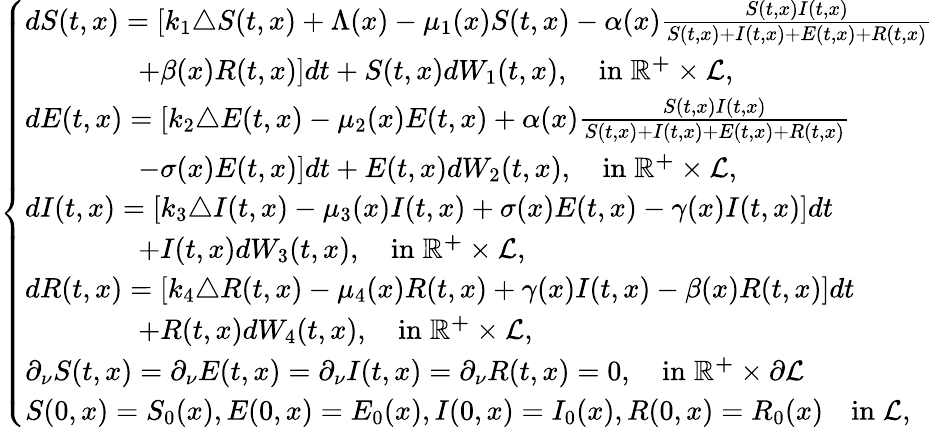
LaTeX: \left\{ \begin{array}{ll}{dS(t,x)=[k_{1}\triangle S(t,x)+\Lambda(x)-\mu_{1}(x)S(t,x)-\alpha(x)\frac{S(t,x)I(t,x)}{S(t,x)+I(t,x)+E(t,x)+R(t,x)}}\\ {\quad\quad\quad\quad+\beta(x)R(t,x)]dt+S(t,x)dW_{1}(t,x),\quad\mathrm{in\; \mathbb{R^{+}}\times\mathcal{L},}}\\ {dE(t,x)=[k_{2}\triangle E(t,x)-\mu_{2}(x)E(t,x)+\alpha(x)\frac{S(t,x)I(t,x)}{S(t,x)+I(t,x)+E(t,x)+R(t,x)}}\\ {\quad\quad\quad\quad-\sigma(x)E(t,x)]dt+E(t,x)dW_{2}(t,x),\quad\mathrm{in\; \mathbb{R^{+}}\times\mathcal{L},}}\\ {dI(t,x)=[k_{3}\triangle I(t,x)-\mu_{3}(x)I(t,x)+\sigma(x)E(t,x)-\gamma(x)I(t,x)]dt}\\ {\quad\quad\quad\quad+I(t,x)dW_{3}(t,x),\quad\mathrm{in\; \mathbb{R^{+}}\times\mathcal{L},}}\\ {dR(t,x)=[k_{4}\triangle R(t,x)-\mu_{4}(x)R(t,x)+\gamma(x)I(t,x)-\beta(x)R(t,x)]dt}\\ {\quad\quad\quad\quad+R(t,x)dW_{4}(t,x),\quad\mathrm{in\; \mathbb{R^{+}}\times\mathcal{L},}}\\ {\partial_{\nu}S(t,x)=\partial_{\nu}E(t,x)=\partial_{\nu}I(t,x)=\partial_{\nu}R(t,x)=0,\quad\mathrm{in\; \mathbb{R^{+}}\times\partial\mathcal{L}}}\\ {S(0,x)=S_{0}(x),E(0,x)=E_{0}(x),I(0,x)=I_{0}(x),R(0,x)=R_{0}(x)\quad\mathrm{in\; \mathcal{L},}}\end{array}\right.